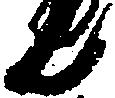
ん